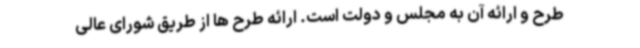
طرح و ارائه آن به مجلس و دولت است. ارائه طرح ها از طریق شورای عالی